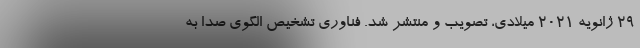
29 ژانویه 2021 میلادی، تصویب و منتشر شد. فناوری تشخیص الگوی صدا به